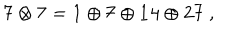
{ \bf 7 } \otimes { \bf 7 } = { \bf 1 } \oplus { \bf 7 } \oplus { \bf 1 4 } \oplus { \bf 2 7 } \ ,